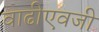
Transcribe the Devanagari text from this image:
वाढीएवजी